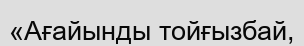
«Ағайынды тойғызбай,